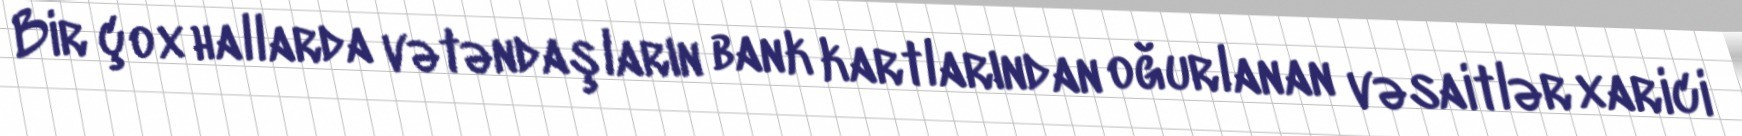
Bir çox hallarda vətəndaşların bank kartlarından oğurlanan vəsaitlər xarici